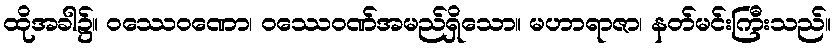
ထိုအခါ၌။ ဝဿေဝဏော၊ ဝဿေဝဏ်အမည်ရှိသော။ မဟာရာဇာ၊ နတ်မင်းကြီးသည်။